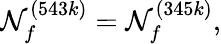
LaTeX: \mathcal{N}_{f}^{(543k)}=\mathcal{N}_{f}^{(345k)},